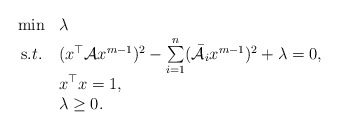
\begin{align*}\begin{array}{lcl}&\min& \lambda\\&{\mbox s.t.}& (x^\top \mathcal{ A} x^{m-1})^2-\sum\limits_{i=1}^n (\mathcal{\bar A}_i x^{m-1})^2+\lambda =0,\\&&x^\top x=1,\\&&\lambda\geq 0.\end{array}\end{align*}